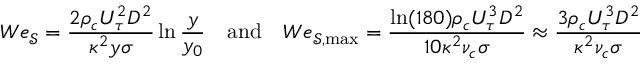
W e _ { \mathcal { S } } = \frac { 2 \rho _ { c } U _ { \tau } ^ { 2 } D ^ { 2 } } { \kappa ^ { 2 } y \sigma } \ln \frac { y } { y _ { 0 } } \quad \mathrm { a n d } \quad W e _ { \mathcal { S , \mathrm { m a x } } } = \frac { \ln ( 1 8 0 ) \rho _ { c } U _ { \tau } ^ { 3 } D ^ { 2 } } { 1 0 \kappa ^ { 2 } \nu _ { c } \sigma } \approx \frac { 3 \rho _ { c } U _ { \tau } ^ { 3 } D ^ { 2 } } { \kappa ^ { 2 } \nu _ { c } \sigma }